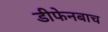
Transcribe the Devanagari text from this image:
डीफेनबाच